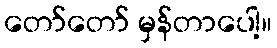
တော်တော် မှန်တာပေါ့။